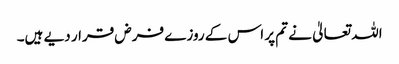
اللہ تعالیٰ نے تم پر اس کے روزے فرض قرار دیے ہیں۔